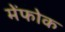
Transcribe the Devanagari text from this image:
मेंफोक